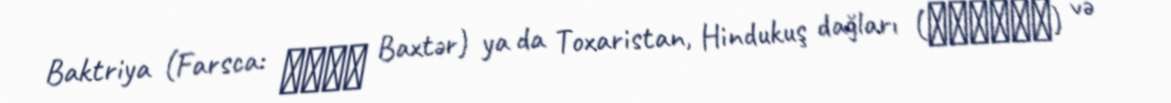
Baktriya (Farsca: باخت Baxtər) ya da Toxaristan, Hindukuş dağları (هندوکش) və